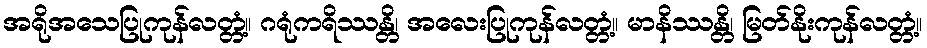
အရိုအသေပြုကုန်လတ္တံ့။ ဂရုံကရိဿန္တိ၊ အလေးပြုကုန်လတ္တံ့။ မာနိဿန္တိ၊ မြတ်နိုးကုန်လတ္တံ့။